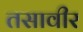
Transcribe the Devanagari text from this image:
तसावीर